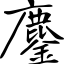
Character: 鏖